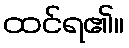
ထင်ရ၏။